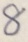
8